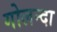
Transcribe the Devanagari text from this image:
गोलन्दा